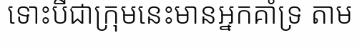
ទោះបីជាក្រុមនេះមានអ្នកគាំទ្រ តាម